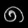
Digit: ၈